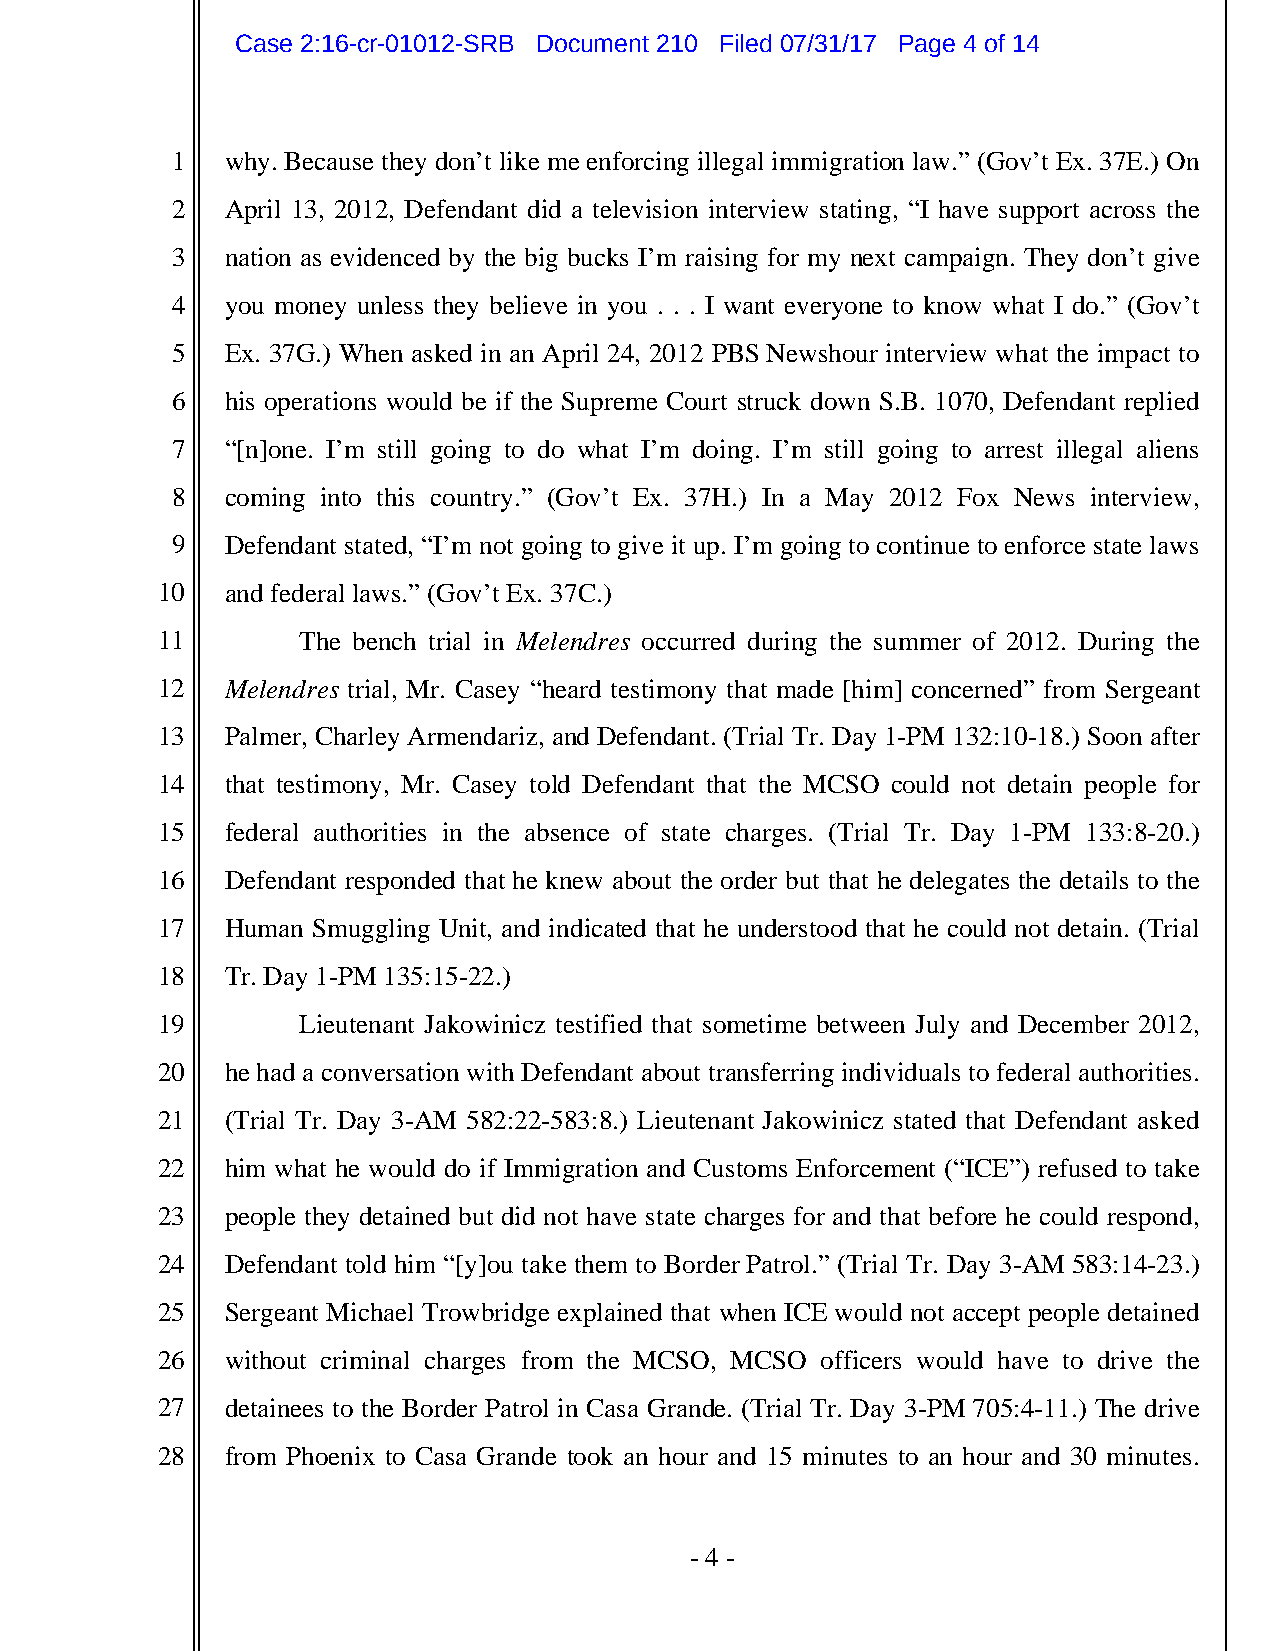
Case 2:16-cr-01012-SRB Document 210 Filed 07/31/17 Page 4 of 14
 1   why. Because they don’t like me enforcing illegal immigration law.” (Gov’t Ex. 37E.) On
 2   April 13, 2012, Defendant did a television interview stating, “I have support across the
 3   nation as evidenced by the big bucks I’m raising for my next campaign. They don’t give
 4   you money unless they believe in you . . . I want everyone to know what I do.” (Gov’t
 5   Ex. 37G.) When asked in an April 24, 2012 PBS Newshour interview what the impact to
 6   his operations would be if the Supreme Court struck down S.B. 1070, Defendant replied
 7   “[n]one. I’m still going to do what I’m doing. I’m still going to arrest illegal aliens
 8   coming into this country.” (Gov’t Ex. 37H.) In a May 2012 Fox News interview,
 9   Defendant stated, “I’m not going to give it up. I’m going to continue to enforce state laws
 10   and federal laws.” (Gov’t Ex. 37C.)
 11        The bench trial in Melendres occurred during the summer of 2012. During the
 12   Melendres trial, Mr. Casey “heard testimony that made [him] concerned” from Sergeant
 13   Palmer, Charley Armendariz, and Defendant. (Trial Tr. Day 1-PM 132:10-18.) Soon after
 14   that testimony, Mr. Casey told Defendant that the MCSO could not detain people for
 15   federal authorities in the absence of state charges. (Trial Tr. Day 1-PM 133:8-20.)
 16   Defendant responded that he knew about the order but that he delegates the details to the
 17   Human Smuggling Unit, and indicated that he understood that he could not detain. (Trial
 18   Tr. Day 1-PM 135:15-22.)
 19        Lieutenant Jakowinicz testified that sometime between July and December 2012,
 20   he had a conversation with Defendant about transferring individuals to federal authorities.
 21   (Trial Tr. Day 3-AM 582:22-583:8.) Lieutenant Jakowinicz stated that Defendant asked
 22   him what he would do if Immigration and Customs Enforcement (“ICE”) refused to take
 23   people they detained but did not have state charges for and that before he could respond,
 24   Defendant told him “[y]ou take them to Border Patrol.” (Trial Tr. Day 3-AM 583:14-23.)
 25   Sergeant Michael Trowbridge explained that when ICE would not accept people detained
 26   without criminal charges from the MCSO, MCSO officers would have to drive the
 27   detainees to the Border Patrol in Casa Grande. (Trial Tr. Day 3-PM 705:4-11.) The drive
 28   from Phoenix to Casa Grande took an hour and 15 minutes to an hour and 30 minutes.
 - 4 -